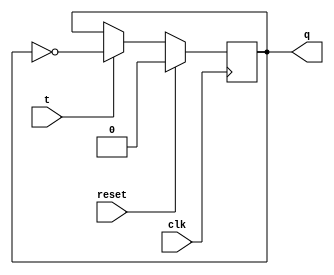
module tflipflop(clk,reset,t,q);
input clk,reset,t;
output reg q;
always@(posedge clk)
begin
if(reset)
q<=1'b0;
else if(t)
q<=~q;
else
q<=q;
end
endmodule